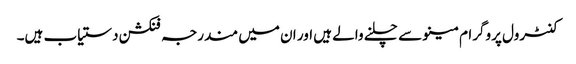
کنٹرول پروگرام مینو سے چلنے والے ہیں اور ان میں مندرجہ فنکشن دستیاب ہیں۔